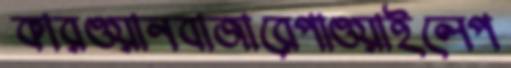
কারওয়ানবাজারেপাওয়াইলেপ